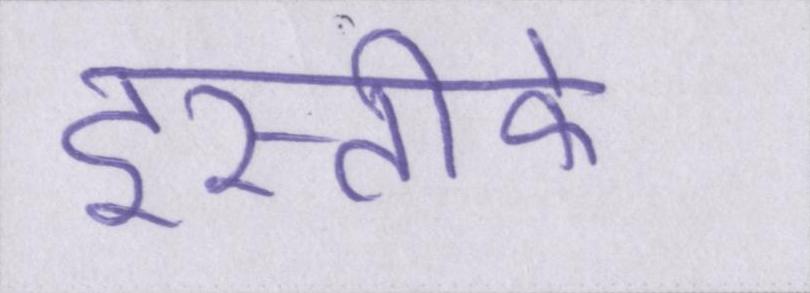
इस्तीफे